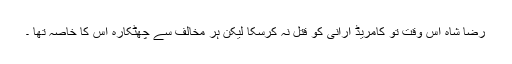
رضا شاہ اس وقت تو کامریڈ ارانی کو قتل نہ کرسکا لیکن ہر مخالف سے چھٹکارہ اس کا خاصہ تھا ۔